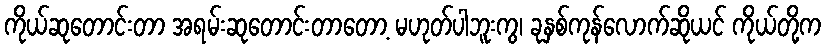
ကိုယ်ဆုတောင်းတာ အရမ်းဆုတောင်းတာတော့ မဟုတ်ပါဘူးကွ၊ ခုနှစ်ကုန်လောက်ဆိုယင် ကိုယ်တို့က